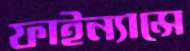
ফাইন্যান্সে